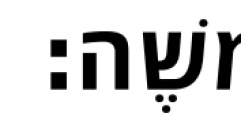
משֶׁה׃